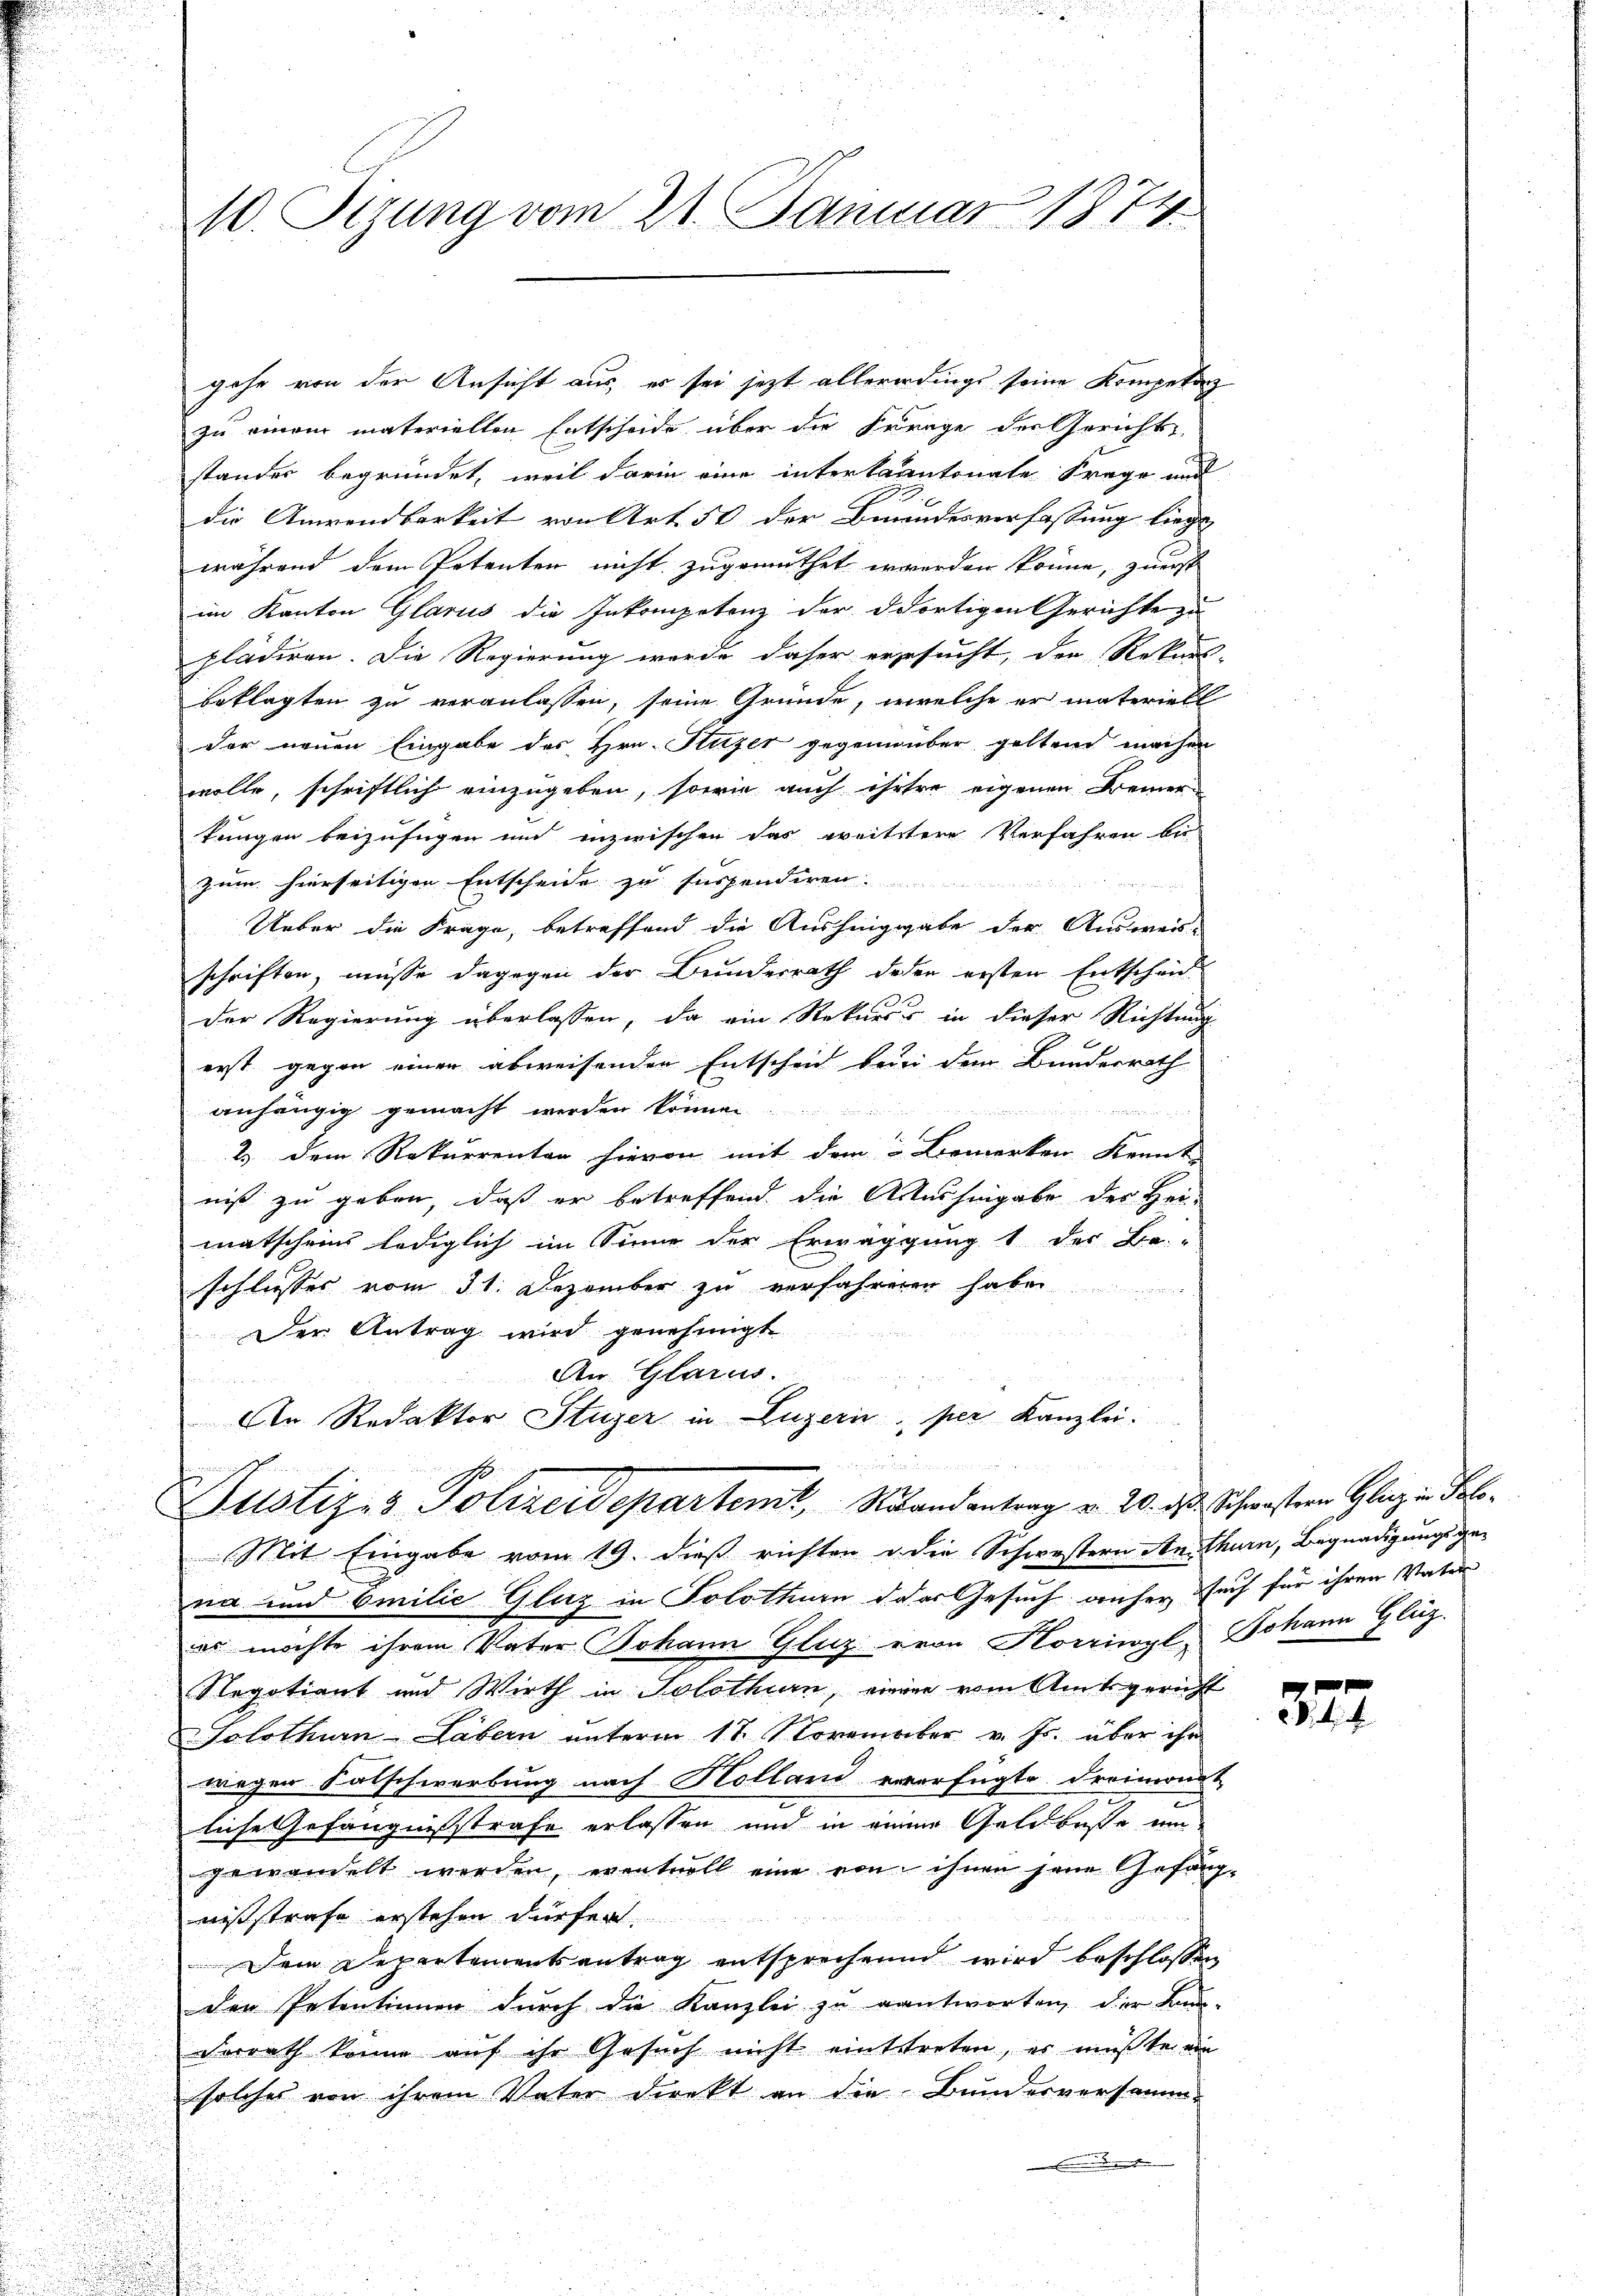
gehe von der Ansicht aus, es sei jetzt allererdings seine Kompetan
zu einem materiellen Entscheide über die Frage der Gerichts-
stander begründet, weil darin eine intertaantonale Frage und
die Anwendbarkeit von Art. 50 der Benandesverfassung liege
während dem Petenten nicht zugemuthet erwerden könne, zuerst
im Kanton Glarus die Inkompetenz der ddortigen Gerichte zu
pladiren. Die Regierung wurde daher ergesucht, der Rekurs
beklagten zu veranlassen, seine Gründe, welche er materiell
der neuen Eingabe des Hrn. Stutzer gegenüber geltend machen
wolle, schriftlich einzugeben, sowie auch ihrere eigenen Kremer-
kungen beizufügen und inzwischen das weitstere Verfahren bei
zum hierseitigen Entscheide zu suspendiren.

Ueber die Frage, betreffend die Aushingabe der Ausweis-
schriften, müsse dagegen der Bundesrath deßen ersten Entscheid
der Regierung überlassen, da ein Rekurses in dieser Richtung
erst gegen einer abweisenden Entscheid bei dem Bundesrath
anhängig gemacht werden können.

2.) Dem Rekurrenten hievon mit dem Bemerken Kennt-
niß zu geben, daß er betreffend die Aushingabe der Hei-
matscheins lediglich im Sinne der Erwäggung 1 der Be-
schliesses vom 31. Dezember zu verfahrenen haben
Der Antrag wird genehmigt.
An Glarus

An Redaktor Stuzer in Luzern, per Kanzlei:
an und
1.
Justiz- & Polizeidepartenit, Randantrag v. 20. ds. Schwestern Glanz in Fol¬
u

Mit Eingabe vom 19. dieß richten u. die Schwestern An- thurn, Begnadigungsge¬

na und Emilie Gluz in Solothurn der Gesuch anfer such für ihren Vater
es möchte ihrem Vater Johann Gluz von Korriwyl, Johann Glüg-
Negotiant und Wirth in Solothurn, einen vom Amtsgericht
SSolothurn-Läbern unterm 17. November v. Js. über ihr
wegen Salschwerbung nach Holland verfügte dreimonat
liche Gefängnißstrafe erlassen und in Deine Geldbuße um
gewandelt werden, eventvoll eine von ihnen jene Gefängnißstrafe erstehen dürfen.
Dein Departementsantrag entsprechend wird beschlossen
den Petentinnen durch die Kanzlei zu antworten, der Bur-
Ferrath könne auf ihr Gesuch nicht eintstreten, es müßte ein
solches von ihrem Vater direkt an die Bundesversamm-
de de

10. Sezung vom 21. Januar 1874.

.
2

327